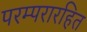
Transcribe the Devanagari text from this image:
परम्परारहित